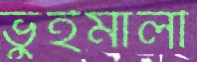
ভুঁইমালী